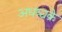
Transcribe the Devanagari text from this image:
अधश्चक्रे